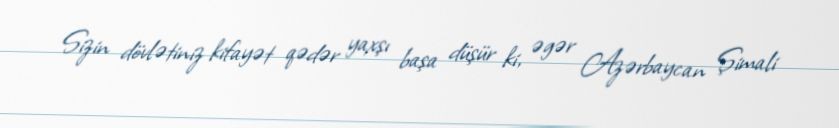
Sizin dövlətiniz kifayət qədər yaxşı başa düşür ki, əgər Azərbaycan Şimali